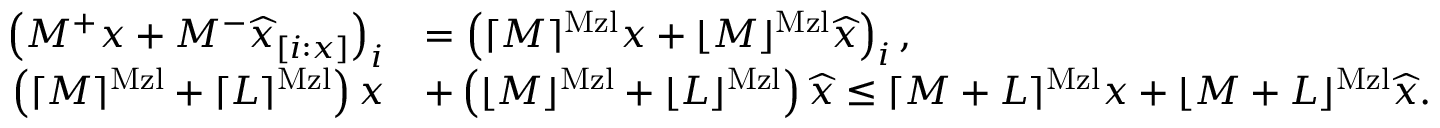
\begin{array} { r l } { \left( M ^ { + } x + M ^ { - } \widehat { x } _ { [ i : x ] } \right) _ { i } } & { = \left( \lceil M \rceil ^ { \mathrm { M z l } } x + \lfloor M \rfloor ^ { \mathrm { M z l } } \widehat { x } \right) _ { i } , } \\ { \left( \lceil M \rceil ^ { \mathrm { M z l } } + \lceil L \rceil ^ { \mathrm { M z l } } \right) x } & { + \left( \lfloor M \rfloor ^ { \mathrm { M z l } } + \lfloor L \rfloor ^ { \mathrm { M z l } } \right) \widehat { x } \le \lceil M + L \rceil ^ { \mathrm { M z l } } x + \lfloor M + L \rfloor ^ { \mathrm { M z l } } \widehat { x } . } \end{array}